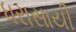
ધરાસાયી